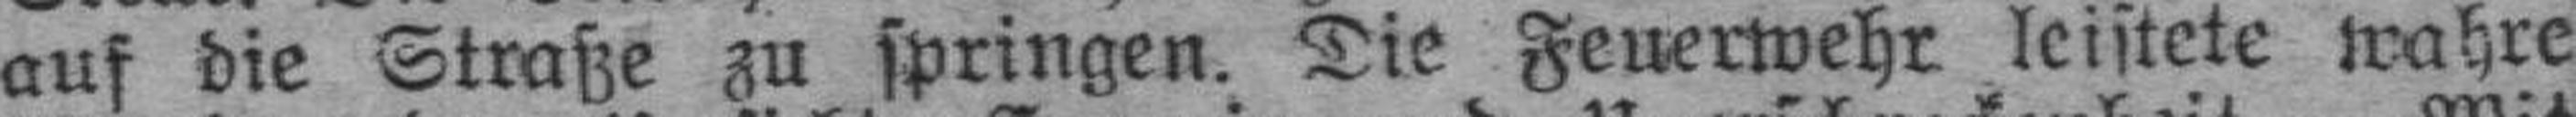
auf die Straße zu springen. Die Feuerwehr leistete wahre